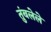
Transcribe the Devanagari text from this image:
तुंबलेले